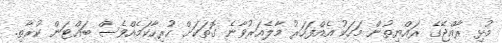
މުޅި ރާއްޖޭގެ ރައްޔިތުން މަހަކު އެއްފަހަރު މާލެއަރުވާނެ ގޮތަކަށް ހުރިހާކަމެއްވެސް ބައްޓަން ކުރާތި.